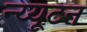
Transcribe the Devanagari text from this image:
न्य्यूटन